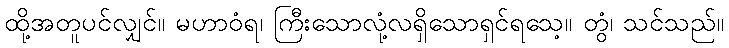
ထို့အတူပင်လျှင်။ မဟာဝံရ၊ ကြီးသောလုံ့လရှိသောရှင်ရသေ့။ တွံ၊ သင်သည်။